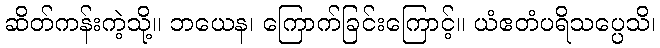
ဆိတ်ကန်းကဲ့သို့။ ဘယေန၊ ကြောက်ခြင်းကြောင့်။ ယံဧတံပရိသပ္ပေသိ၊